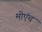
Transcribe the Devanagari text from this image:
मोएंच